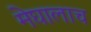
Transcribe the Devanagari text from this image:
मेघालाच